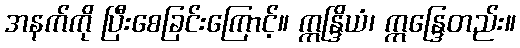
အနက်ကို ပြီးစေခြင်းကြောင့်။ ဣန္ဒြိယံ၊ ဣန္ဒြေတည်း။